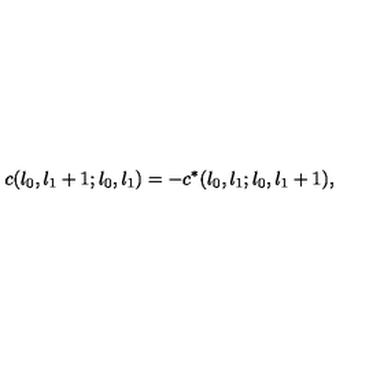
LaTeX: c ( l _ { 0 } , l _ { 1 } + 1 ; l _ { 0 } , l _ { 1 } ) = - c ^ { * } ( l _ { 0 } , l _ { 1 } ; l _ { 0 } , l _ { 1 } + 1 ) ,